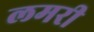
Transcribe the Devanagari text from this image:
लमरी